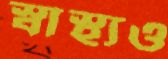
স্বাস্থ্যও